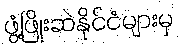
ဖွံ့ဖြိုးဆဲနိုင်ငံများမှ